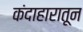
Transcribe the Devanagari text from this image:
कंदाहारातून